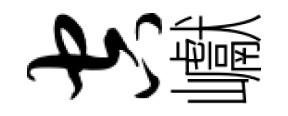
空巘